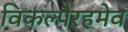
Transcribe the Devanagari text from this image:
विकल्पैरहमेव